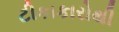
ટીકાકારોથી